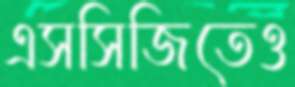
এসসিজিতেও